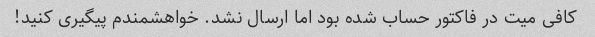
کافی میت در فاکتور حساب شده بود اما ارسال نشد. خواهشمندم پیگیری کنید!